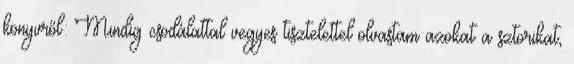
könyvről: Mindig csodálattal vegyes tisztelettel olvastam azokat a sztorikat,